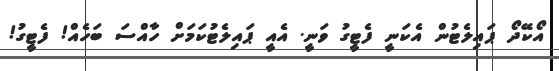
އޯކޭދޯ ޕައިލެޓުން އެކަނީ ފެޓީގު ވަނީ. އެއީ ޕައިލެޓުކަމަށް ހާއްސަ ބަހެއް! ފެޓީގު!